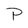
Character: P